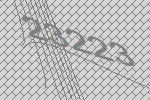
23223